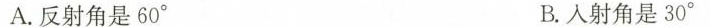
A.反射角是60° B.入射角是30°